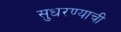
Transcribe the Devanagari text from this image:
सुधरण्याची